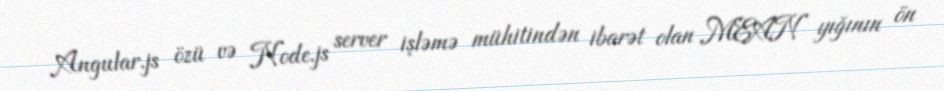
Angular.js özü və Node.js server işləmə mühitindən ibarət olan MEAN yığının ön